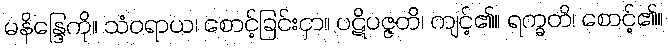
မနိန္ဒြေကို။ သံဝရာယ၊ စောင့်ခြင်းငှာ။ ပဋိပဇ္ဇတိ၊ ကျင့်၏။ ရက္ခတိ၊ စောင့်၏။